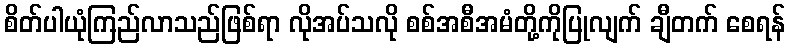
စိတ်ပါယုံကြည်လာသည်ဖြစ်ရာ လိုအပ်သလို စစ်အစီအမံတို့ကိုပြုလျက် ချီတက် စေရန်